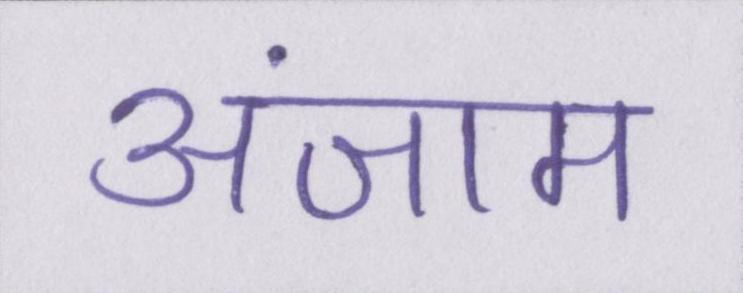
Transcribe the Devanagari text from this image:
अंजाम